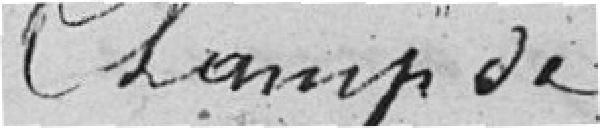
Champ de